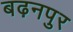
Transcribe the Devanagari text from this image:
बढ़नपुर